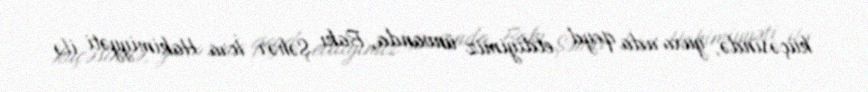
küçəsində, yuxarıda qeyd etdiyimiz ünvanda, Bakı Şəhər İcra Hakimiyyəti ilə